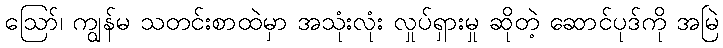
ဪ၊ ကျွန်မ သတင်းစာထဲမှာ အသုံးလုံး လှုပ်ရှားမှု ဆိုတဲ့ ဆောင်ပုဒ်ကို အမြဲ